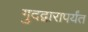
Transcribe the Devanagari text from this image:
गुदद्वारापर्यंत